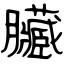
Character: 臟